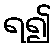
ရ၍